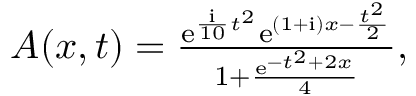
\begin{array} { r } { A ( x , t ) = \frac { \mathrm { e } ^ { \frac { \mathrm { { i } } } { 1 0 } t ^ { 2 } } \mathrm { e } ^ { ( 1 + \mathrm { { i } } ) x - \frac { t ^ { 2 } } { 2 } } } { 1 + \frac { \mathrm { e } ^ { - t ^ { 2 } + 2 x } } { 4 } } , } \end{array}